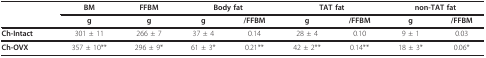
<table><thead><tr><td></td><td><b>BM</b></td><td><b>FFBM</b></td><td colspan="2"><b>Body fat</b></td><td colspan="2"><b>TAT fat</b></td><td colspan="2"><b>non-TAT fat</b></td></tr><tr><td></td><td><b>g</b></td><td><b>g</b></td><td><b>g</b></td><td><b>/FFBM</b></td><td><b>g</b></td><td><b>/FFBM</b></td><td><b>g</b></td><td><b>/FFBM</b></td></tr></thead><tbody><tr><td><b>Ch-Intact</b></td><td>301 ± 11</td><td>266 ± 7</td><td>37 ± 4</td><td>0.14</td><td>28 ± 4</td><td>0.10</td><td>9 ± 1</td><td>0.03</td></tr><tr><td><b>Ch-OVX</b></td><td>357 ± 10**</td><td>296 ± 9*</td><td>61 ± 3*</td><td>0.21**</td><td>42 ± 2**</td><td>0.14**</td><td>18 ± 3*</td><td>0.06*</td></tr></tbody></table>